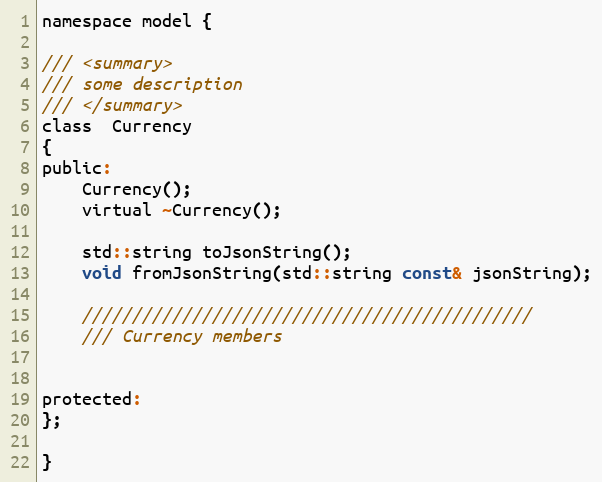
Language: C
namespace model {

/// <summary>
/// some description
/// </summary>
class  Currency
{
public:
    Currency();
    virtual ~Currency();

    std::string toJsonString();
    void fromJsonString(std::string const& jsonString);

    /////////////////////////////////////////////
    /// Currency members

protected:
};

}